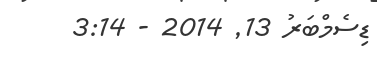
ޑިސެމްބަރު 13